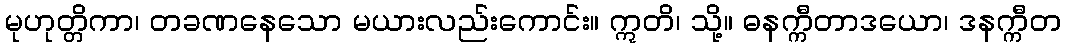
မုဟုတ္တိကာ၊ တခဏနေသော မယားလည်းကောင်း။ ဣတိ၊ သို့။ ဓနက္ကီတာဒယော၊ ဒနက္ကီတ